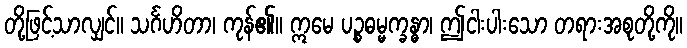
တို့ဖြင့်သာလျှင်။ သင်္ဂဟိတာ၊ ကုန်၏။ ဣမေ ပဉ္စဓမ္မက္ခန္ဓာ၊ ဤငါးပါးသော တရားအစုတို့ကို။